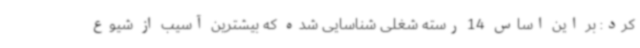
کرد: بر این اساس 14 رسته شغلی شناسایی شده که بیشترین آسیب از شیوع